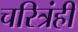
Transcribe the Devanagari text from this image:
चरित्रंही